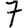
Digit: 7